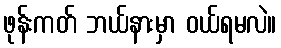
ဖုန်းကတ် ဘယ်နားမှာ ဝယ်ရမလဲ။